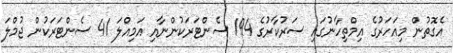
އެގޮތުން މިއަހަރުގެ އިމްތިހާނުގައި ސަރުކާރުގެ 194 ސެންޓަރަކުންނާއި އަމިއްލަ 41 ސެންޓަރަކުން ޖުމްލަ